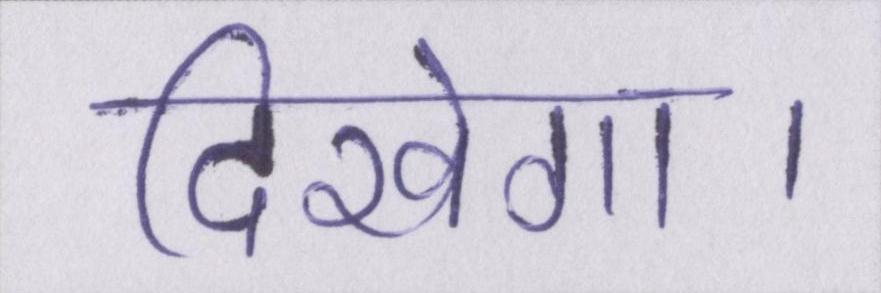
दिखेगा।